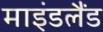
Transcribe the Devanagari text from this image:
माइंडलैंड